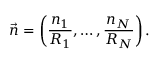
\vec { n } = \left( \frac { n _ { 1 } } { R _ { 1 } } , \ldots , \frac { n _ { N } } { R _ { N } } \right) .